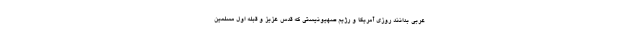
عربی بدانند روزی آمریکا و رژیم صهیونیستی که قدس عزیز و قبله اول مسلمین